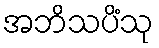
အဘိသပိံသု